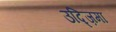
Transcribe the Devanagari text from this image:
उद्ज़िमा